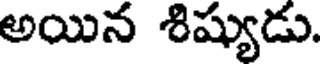
అయిన శిష్యుడు.